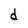
Character: d